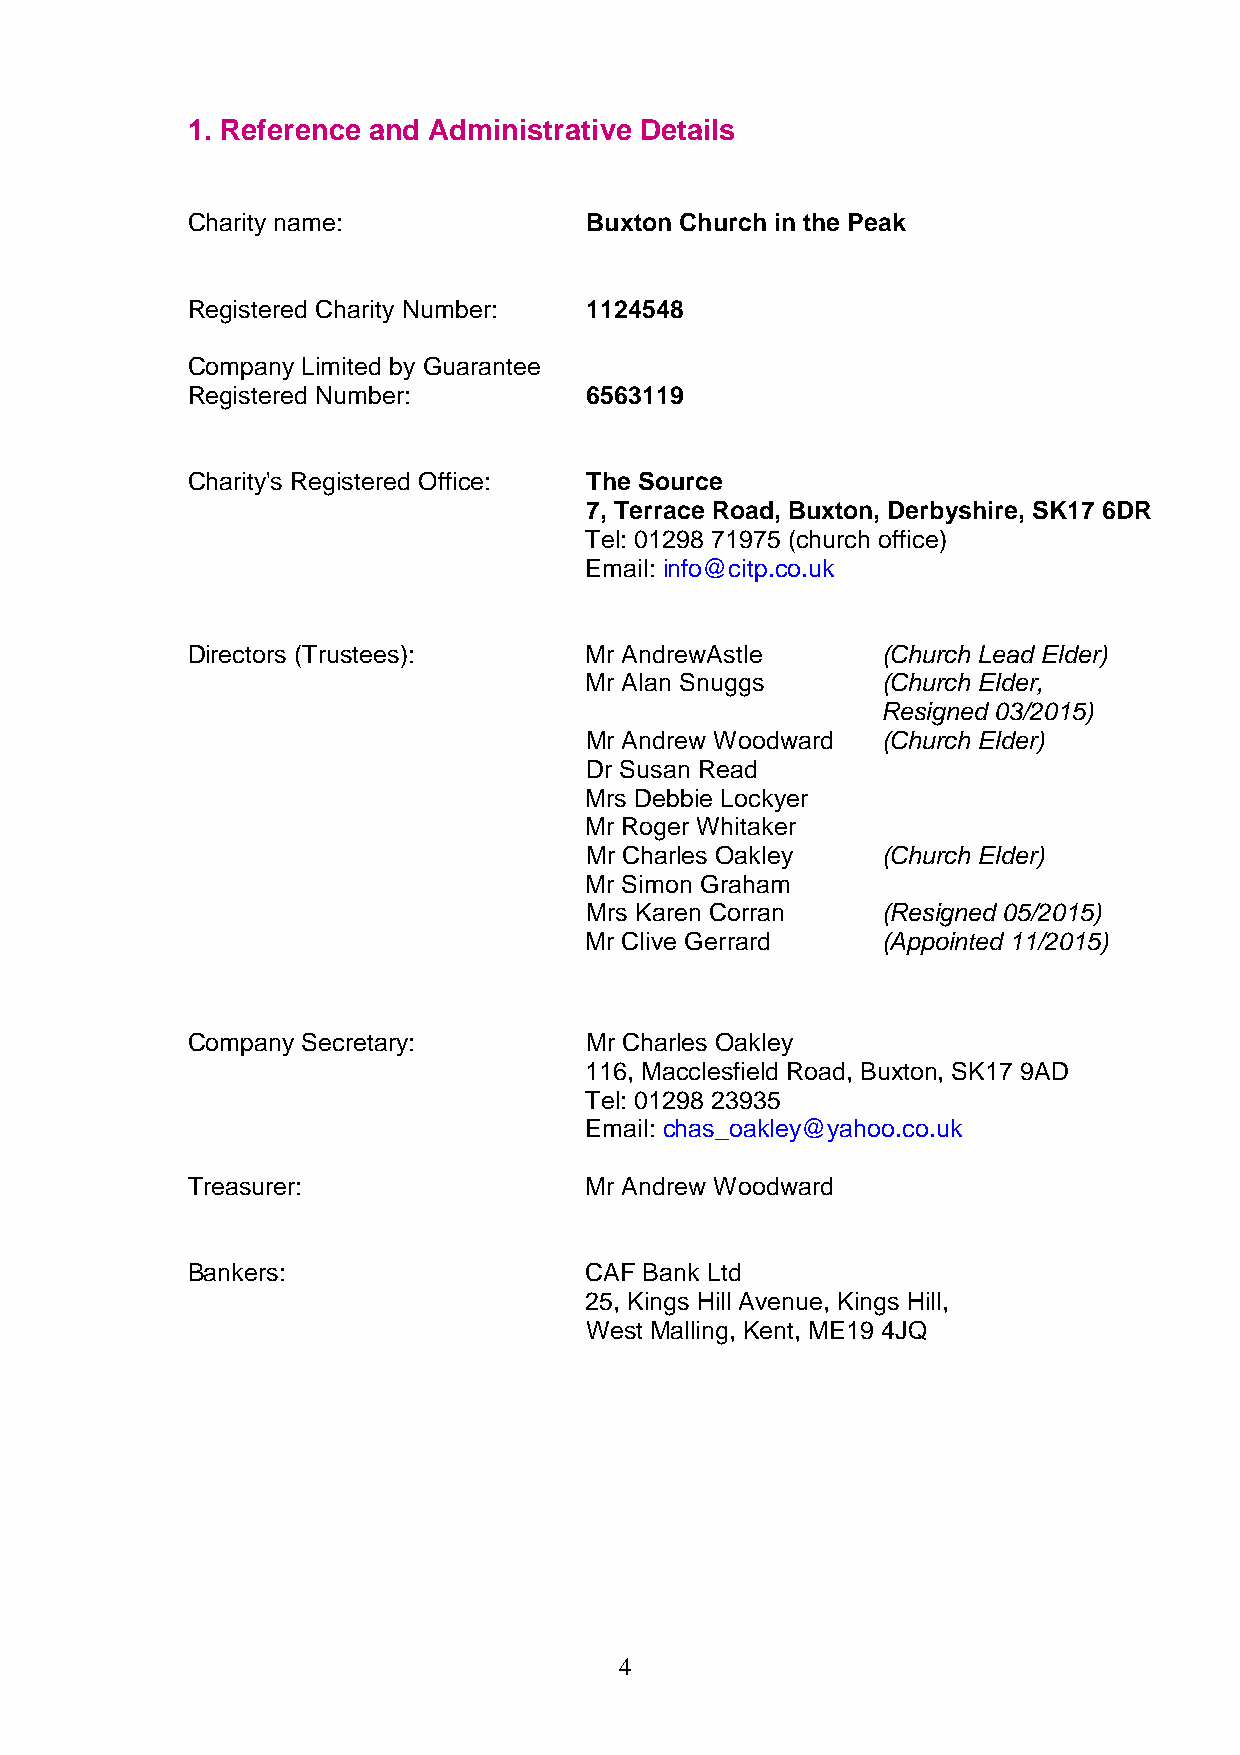
1. Reference and Administrative Details
 Charity name:              Buxton Church in the Peak
 Registered Charity Number: 1124548
 Company Limited by Guarantee
 Registered Number:         6563119
 Charity's Registered Office: The Source
 7, Terrace Road, Buxton, Derbyshire, SK17 6DR
 Tel: 01298 71975 (church office)
 Email: info@citp.co.uk
 Directors (Trustees):      Mr AndrewAstle     (Church Lead Elder)
 Mr Alan Snuggs     (Church Elder,
 Resigned 03/2015)
 Mr Andrew Woodward (Church Elder)
 Dr Susan Read
 Mrs Debbie Lockyer
 Mr Roger Whitaker
 Mr Charles Oakley  (Church Elder)
 Mr Simon Graham
 Mrs Karen Corran   (Resigned 05/2015)
 Mr Clive Gerrard   (Appointed 11/2015)
 Company Secretary:         Mr Charles Oakley
 116, Macclesfield Road, Buxton, SK17 9AD
 Tel: 01298 23935
 Email: chas_oakley@yahoo.co.uk
 Treasurer:                 Mr Andrew Woodward
 Bankers:                   CAF Bank Ltd
 25, Kings Hill Avenue, Kings Hill,
 West Malling, Kent, ME19 4JQ
 4